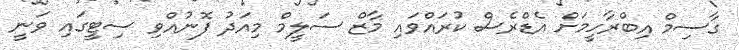
ގާސިމް އިބްރާހީމަށް އެޑްރެސް ކުރައްވައި މާޒް ސަލީމް މިއަދު ފޮނުއްވި ސިޓީގައި ވަނީ